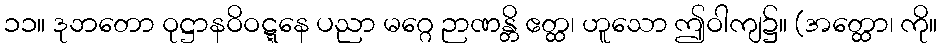
၁၁။ ဒုဘတော ဝုဋ္ဌာနဝိဝဋ္ဋနေ ပညာ မဂ္ဂေ ဉာဏန္တိ ဧတ္ထ၊ ဟူသော ဤဝါကျ၌။ (အတ္ထော၊ ကို။